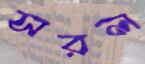
সরল